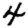
Digit: 4